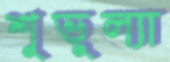
শুভুল্যা